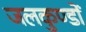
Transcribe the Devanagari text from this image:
जलकुण्डों